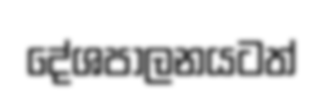
දේශපාලනයටත්